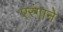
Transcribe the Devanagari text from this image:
एरंगाने